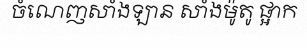
ចំណេញសាំងឡាន សាំងម៉ូតូ ផ្អាក